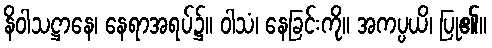
နိဝါသဋ္ဌာနေ၊ နေရာအရပ်၌။ ဝါသံ၊ နေခြင်းကို။ အကပ္ပယိ၊ ပြု၏။